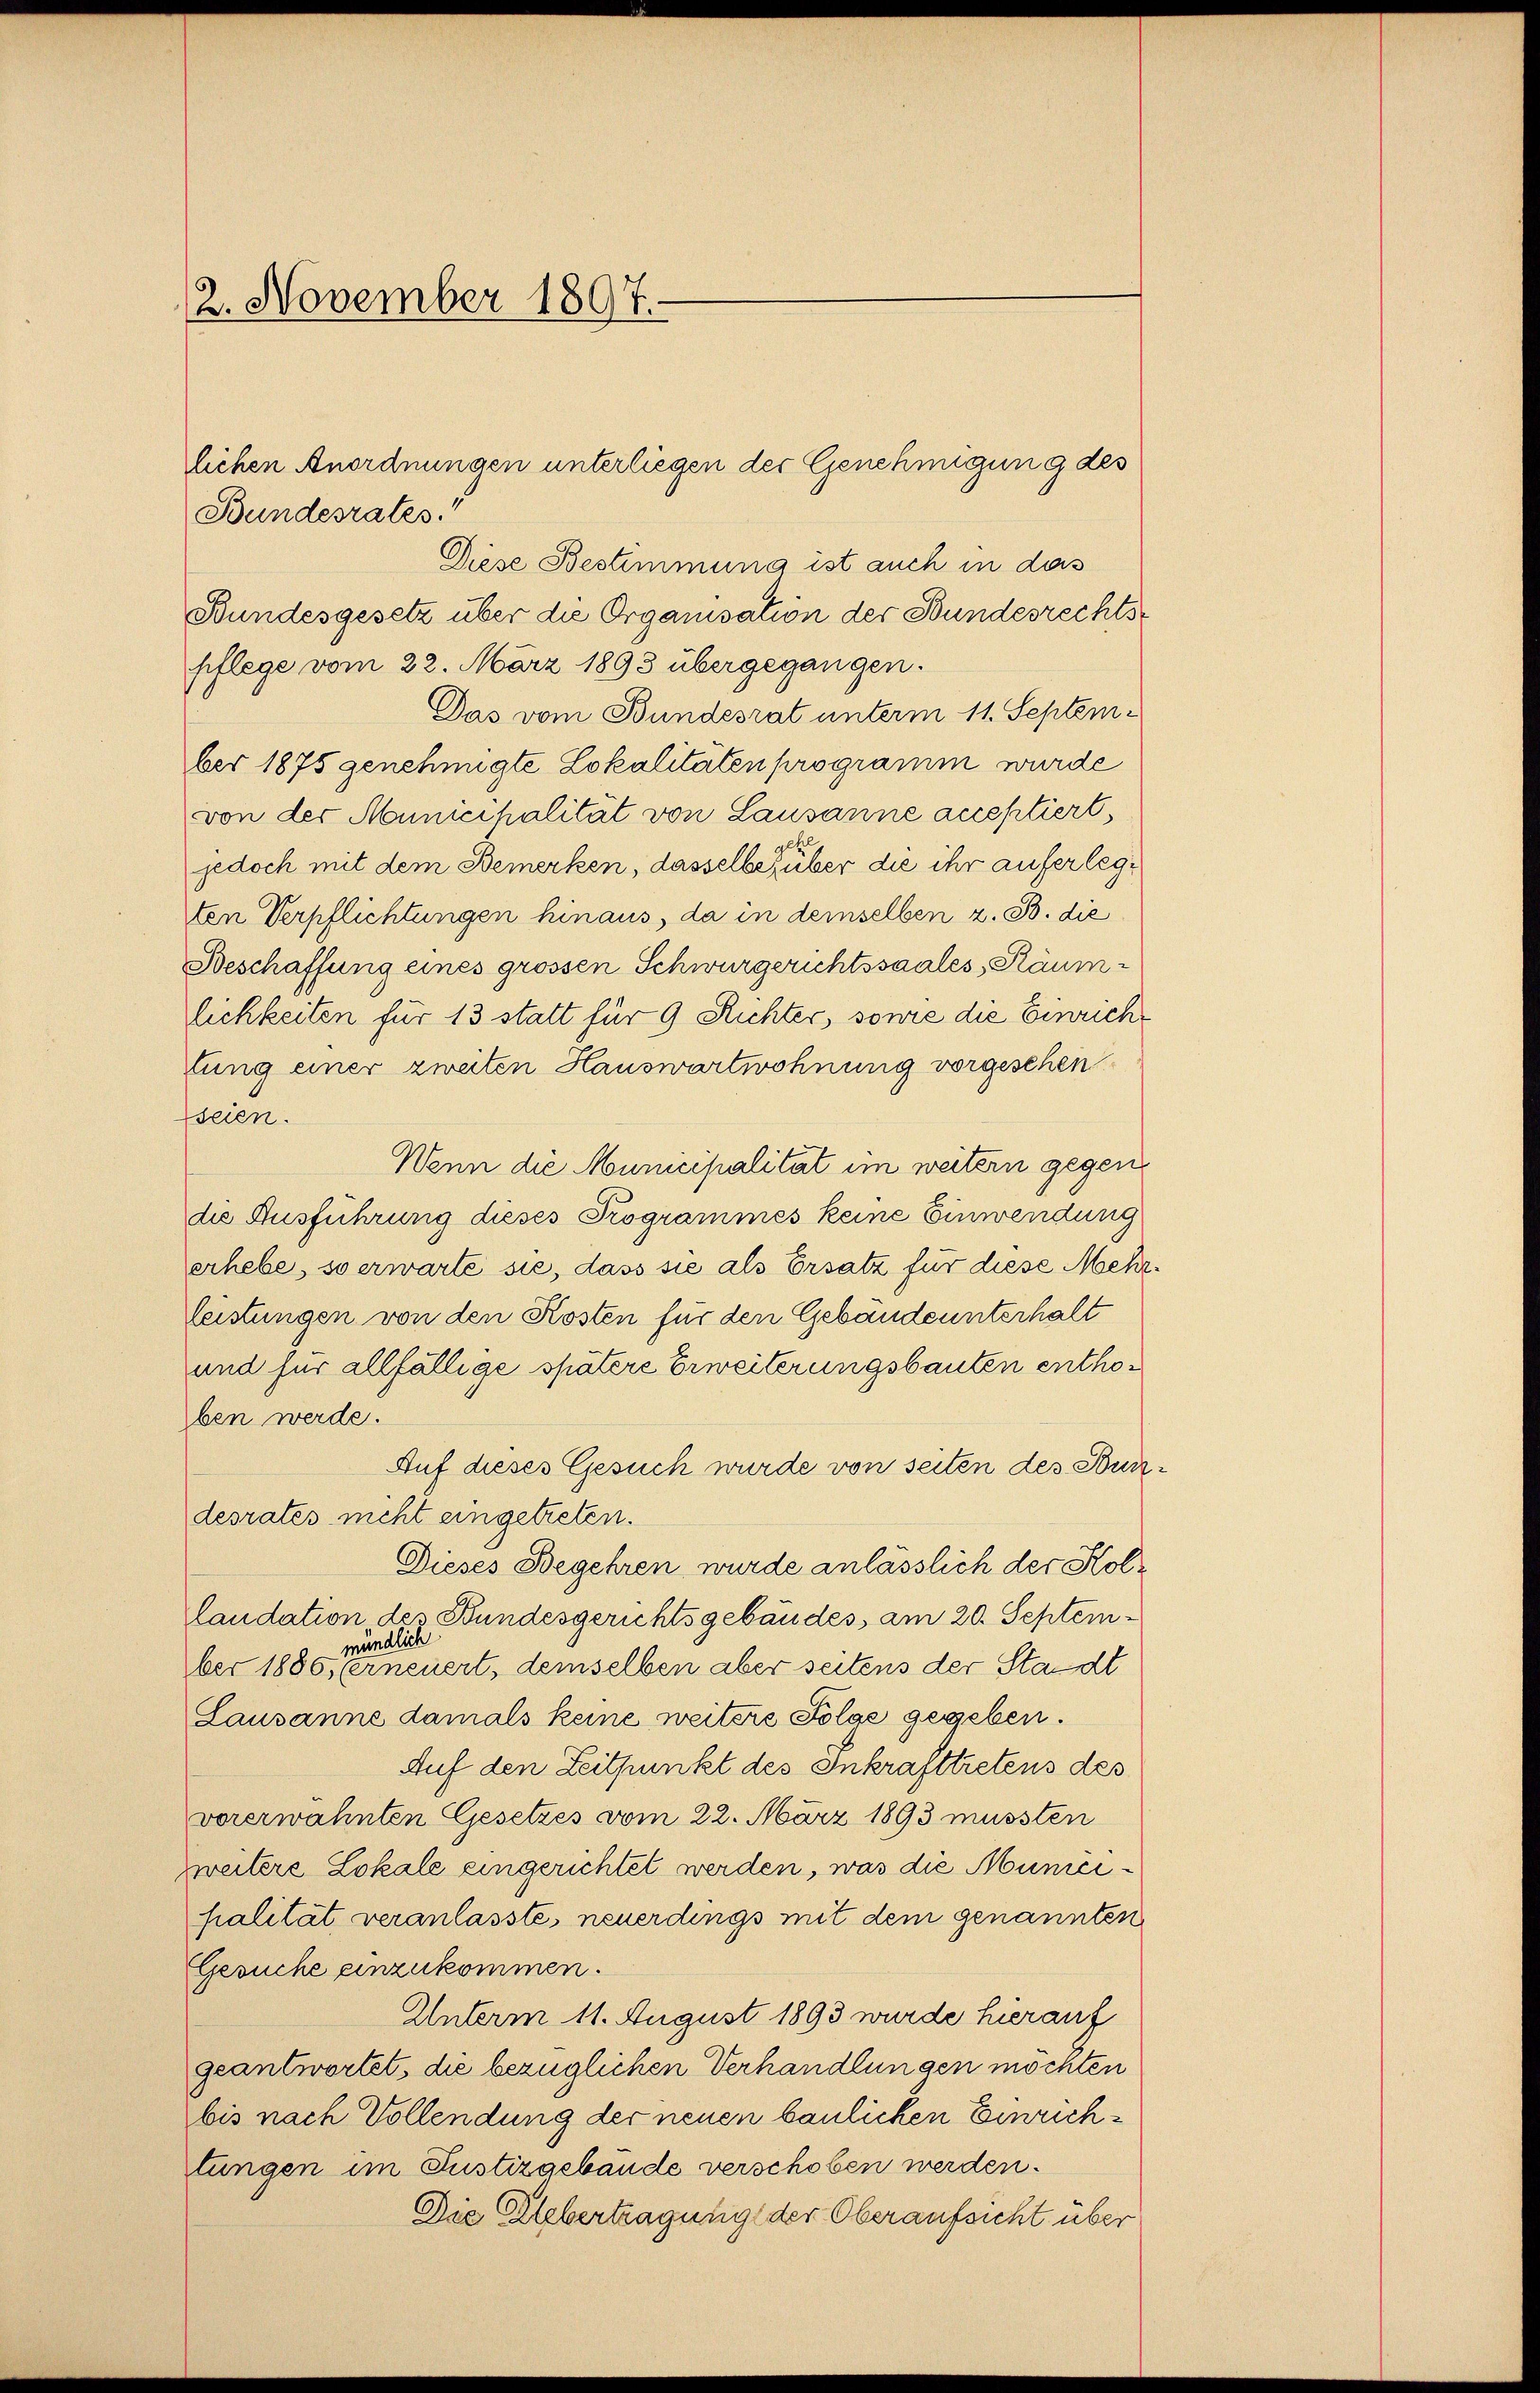
2. November 1897.

Bundesrates.“
Diese Bestimmung ist auch in das
Bundesgesetz über die Organisation der Bundesrechtspflege vom 22. März 1893 übergegangen.
Das vom Bundesrat unterm 11. September 1875 genehmigte Lokalitäten programm wurde
von der Municipalität von Lausanne acceptiert,
jedoch mit dem Bemerken, dasselbe zuber die ihr auferlegsten Verpflichtungen hinaus, da in demselben z. B. die
Beschaffung eines grossen Schwurgerichtssaales Räumlichkeiten für 13 statt für 9 Richter, sowie die Einrich
tung einer zweiten Hauswartwohnung vorgesehen
seien.
Wenn die Municipalität im weitern gegendie Ausführung dieses Programmes keine Einwendung
erhebe, so erwarte sie, dass sie als Ersatz für diese Mehrleistungen von den Kosten für den Gebäude unterhalt
und für allfällige spätere Erweiterungsbauten enthoben werde.
Auf dieses Gesuch wurde von seiten des Bundesrates nicht eingetreten.
Dieses Begehren wurde anlässlich der Kollaudation des Bundesgerichtsgebäudes, am 20. Septemmündlich
ber 1885, erneuert, demselben aber seitens der Stadt
Lausanne damals keine weitere Folge gegeben.
Auf den Zeitpunkt des Inkrafttretens des
vorerwähnten Gesetzes vom 22. März 1893 mussten
weitere Lokale eingerichtet werden, was die Municipalität veranlasste, neuerdings mit dem genannten
Gesuche einzukommen.
Unterm 11. August 1893 wurde hierauf
geantwortet, die bezüglichen Verhandlungen möchten
bis nach Vollendung der neuen baulichen Einrichtungen im Justizgebäude verschoben werden.
Die Uebertragung der Oberaufsicht über

lichen Anordnungen unterliegen der Genehmigung des